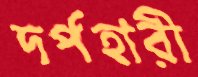
দর্পহারী